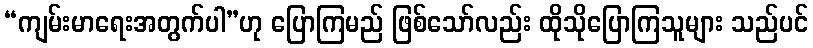
“ကျမ်းမာရေးအတွက်ပါ”ဟု ပြောကြမည် ဖြစ်သော်လည်း ထိုသိုပြောကြသူများ သည်ပင်